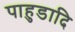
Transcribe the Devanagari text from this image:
पाहुडादि